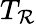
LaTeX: T_{\mathcal{R}}